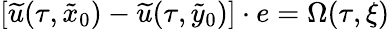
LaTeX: \left[\widetilde u(\tau,\tilde{x}_{0})-\widetilde u(\tau,\tilde{y}_{0})\right]\cdot e=\Omega(\tau,\xi)